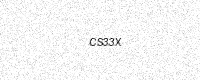
Text: CS33X